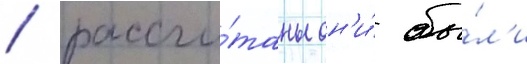
/ рассчи́таны он'и́ бы́л'и